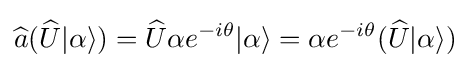
{\widehat {a}}({\widehat {U}}|\alpha \rangle )={\widehat {U}}\alpha e^{-i\theta }|\alpha \rangle =\alpha e^{-i\theta }({\widehat {U}}|\alpha \rangle )